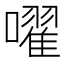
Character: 嚁